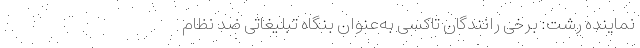
نماینده رشت: برخی رانندگان تاکسی به‌عنوان بنگاه تبلیغاتی ضد نظام